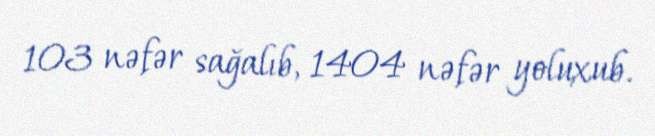
103 nəfər sağalıb, 1404 nəfər yoluxub.